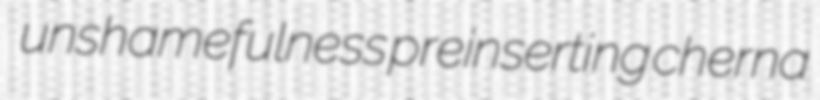
unshamefulness preinserting cherna